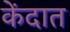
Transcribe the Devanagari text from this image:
केंदात